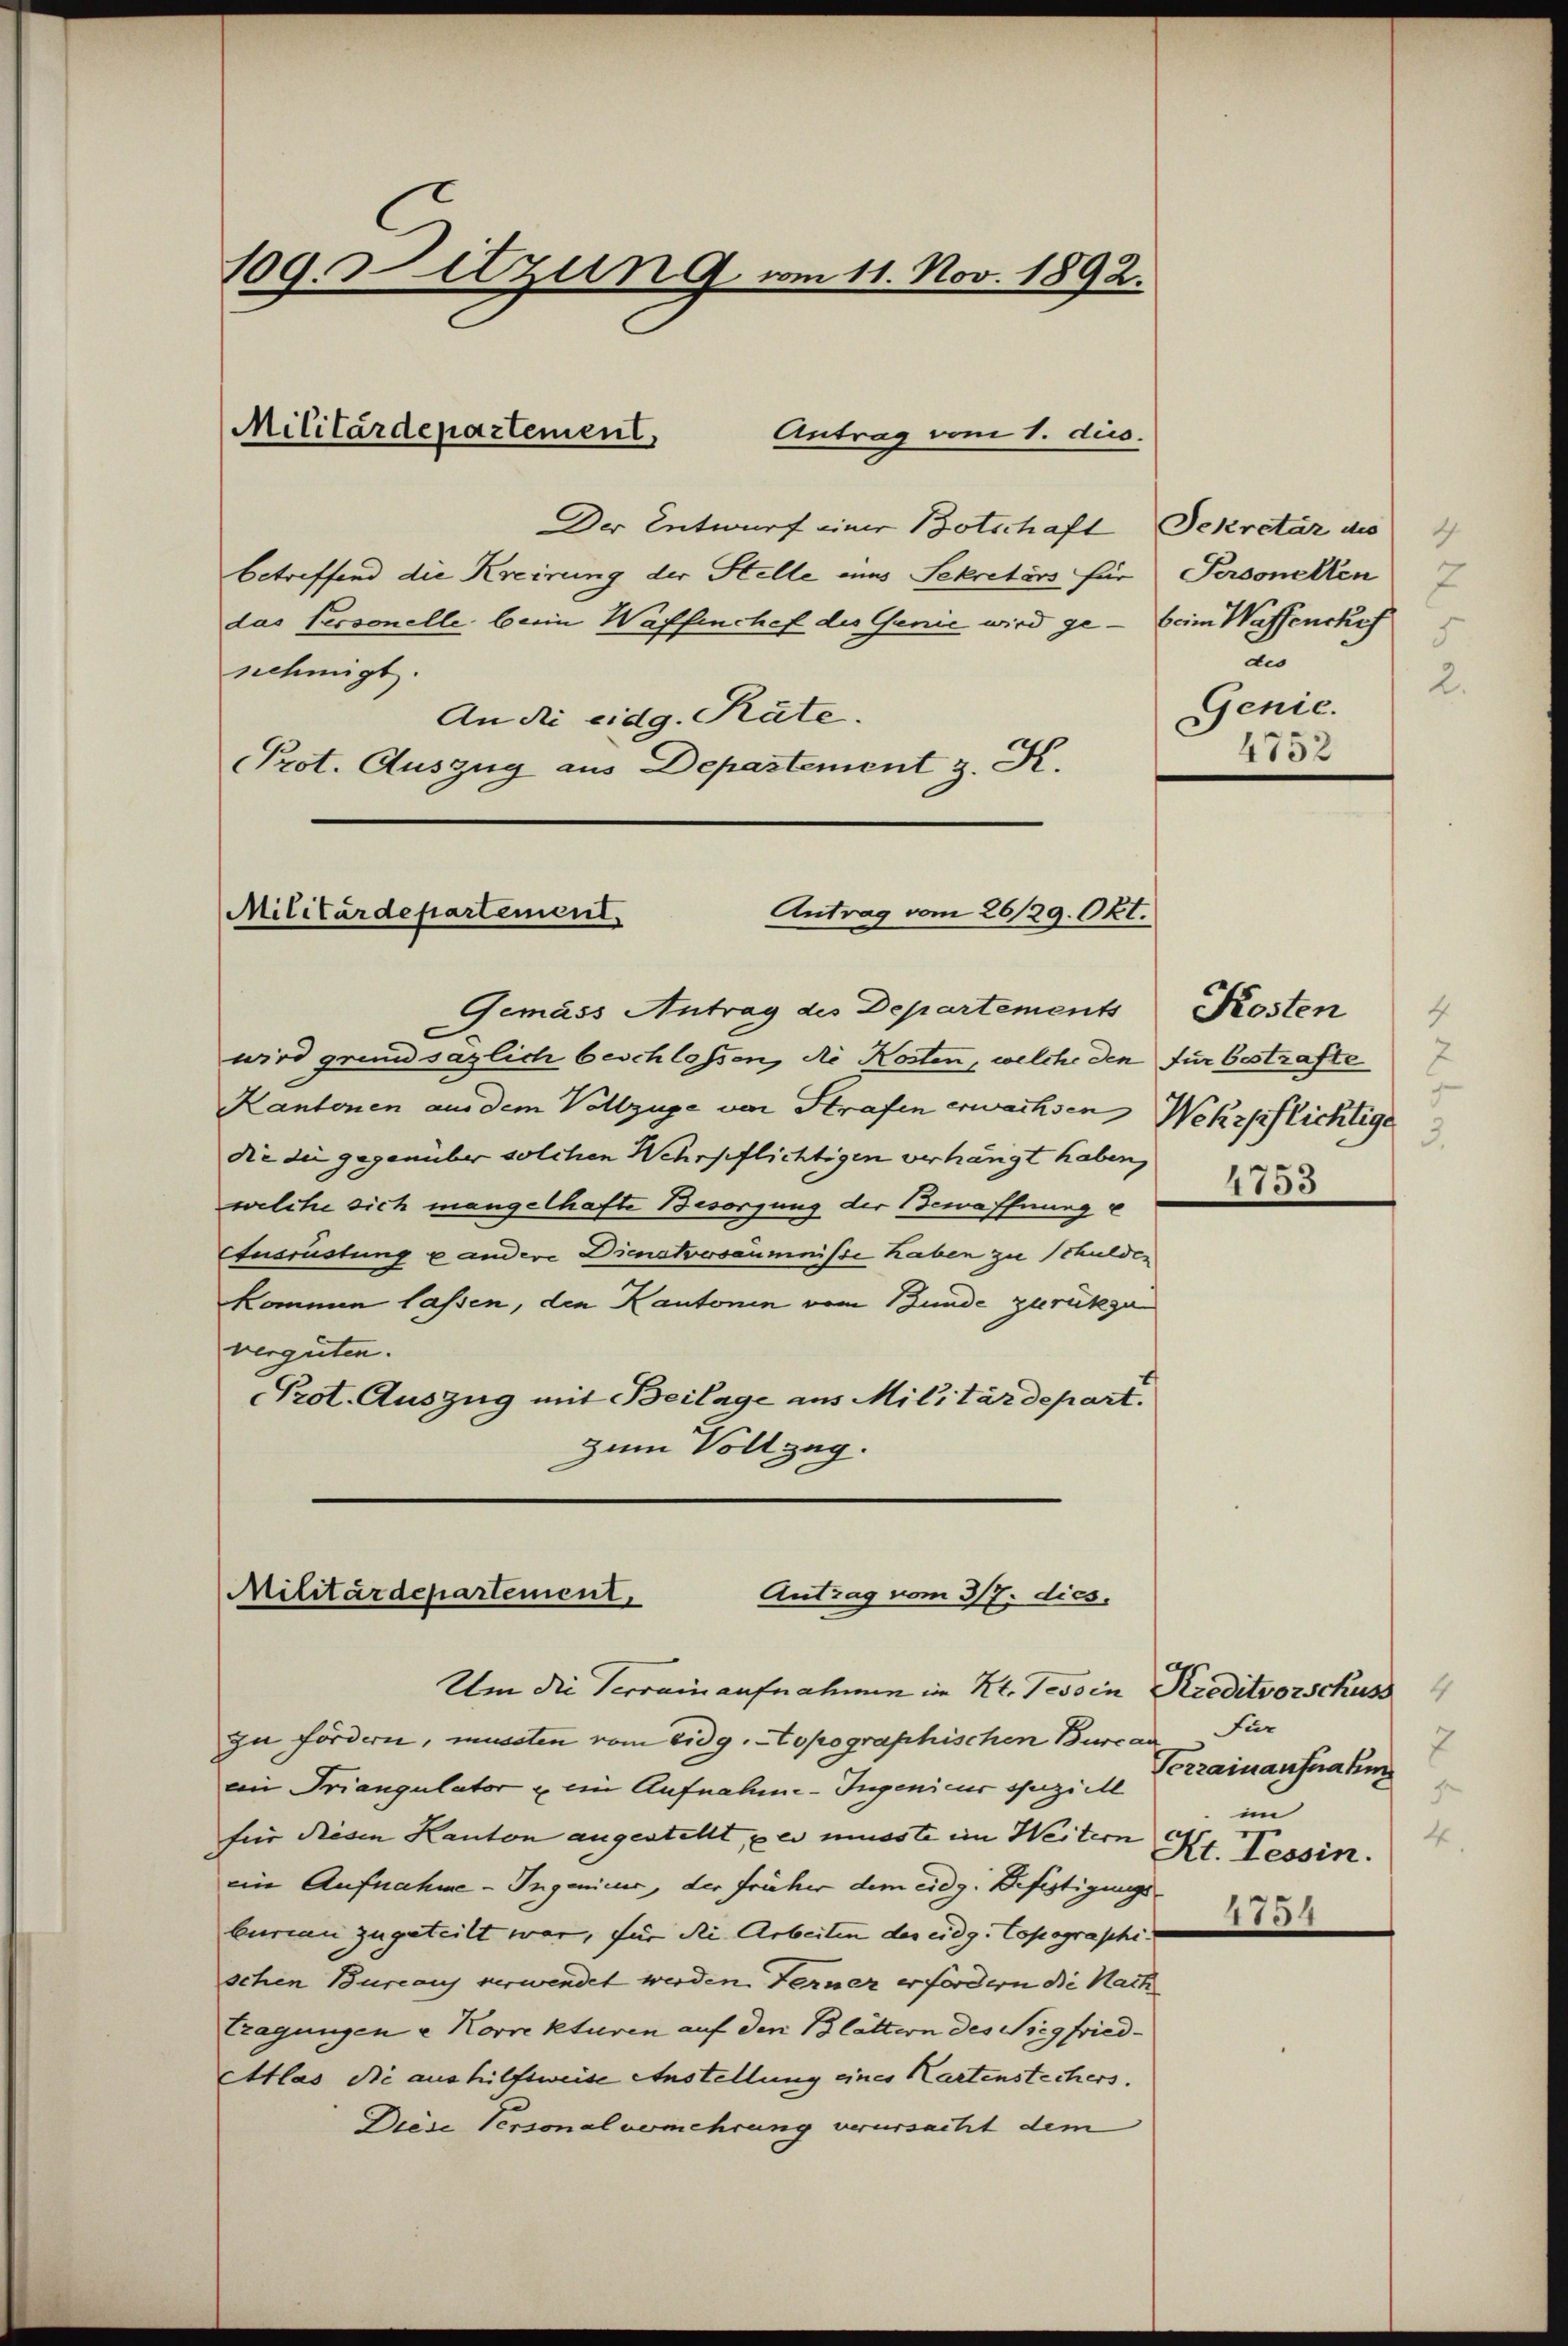
109. Sitzung am 11. Nov. 1892.

Der Entwurf einer Botschaft Sekretär des
betreffend die Kreirung der Stelle eins Sekretärs für Personellen
das Personelle, beim Waffenchef des Genie wird ge- beim Wassenchef
nehmigt.
An die eidg. Räte.
Prot. Auszug aus Departement z. K.

Militärdepartement,
Antrag vom 1. ds.

Gemäss Antrag des Departements

Antrag vom 26/29. Okt.
Militärdepartement.

wird grundsäzlich beschlossen, die Kosten, welche den für bestrafte
Kantonen aus dem Vollzüge von Strafen erwachsen Wehrpflichtige
die die gegenüber solchen Wehrpflichtigen verhängt haben,
welche sich mangelhafte Besorgung der Bewaffnung e
Ausrüstung u andere Dienstversäumnisse haben zu schulden
kommen lassen, den Kantonen vom Bunde zurückzu
vergüten.
Prot. Auszug mit Beilage aus Militärdepart.
zum Vollzug.

Antrag vom 317. dies.
Militärdepartement
Um die Verrainaufnahmen im Kt. Tessin Kreditvorschuss

zu fördern, mussten vom eidg. topographischen Burcar Für
ein Triangulator & ein Aufnahme-Ingenieur speziell
für diesen Kanton angestellt, per müsste im Weitern
ein Aufnahme - Ingenieur, der früher dem eidg. Beförtigungs¬
Curian zugeteilt war, für die Arbeiten der eidg. Topographi um
schen Bureaus verwendet werden. Ferner erfordern die Nach
Tragungen u Korrekturen auf den Blättern des Siegfried¬
Ettlas die aushilfsweise Anstellung eines Kartenstechers.
Diese Personalvermehrung verursacht dem

7
d
2.
Genie.
4752

Kosten
4
3.
4753

7
Terrainaufnahm
f
un
e
4
Kt. Tessin.